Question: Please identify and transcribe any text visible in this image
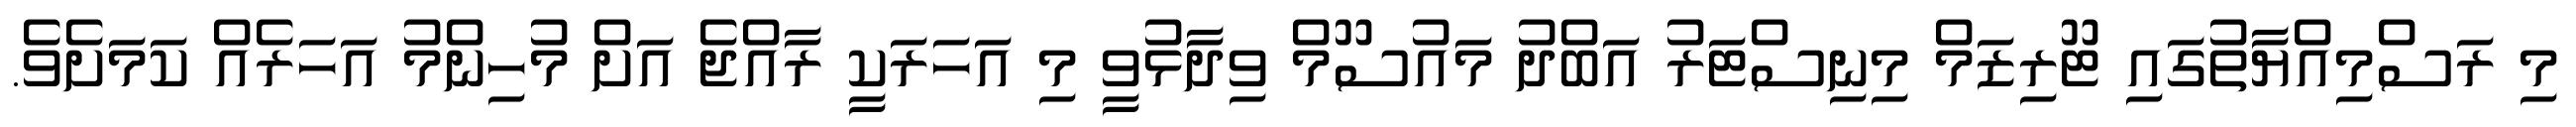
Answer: މި ރަސްމިއްޔާތުގައި ޓޫރިޒަމް މިނިސްޓަރު އަބްދު މައުސޫމް ވިދާޅުވީ މި އަހަރަކީ ރާއްޖެ އަށް މުހިންމު އަހަރެއް ކަމަށެވެ.